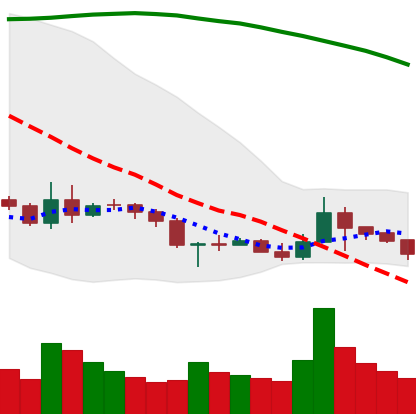
Ticker: BNB-USD
Chart end date: 2019-09-22
Forward return: -23.07%
Label: down_7plus